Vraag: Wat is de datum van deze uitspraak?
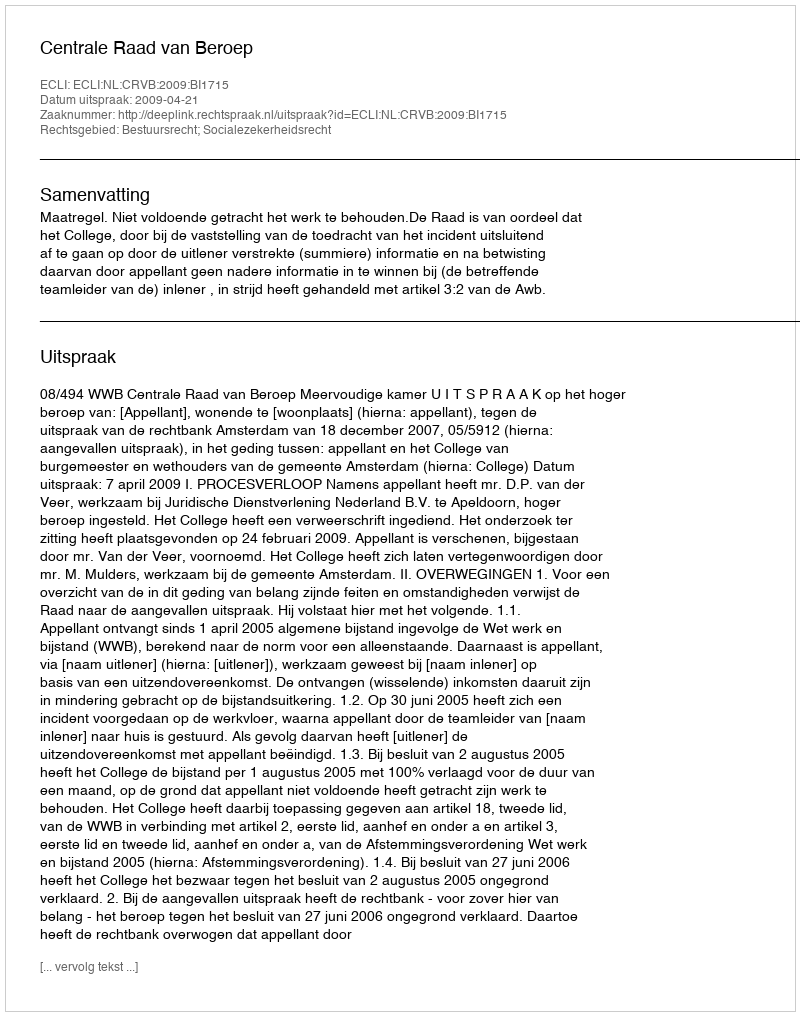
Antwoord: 2009-04-21